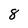
Character: 8